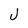
Character: J